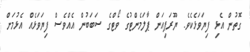
ގޮތުން އެޅި ފިޔަވަޅެކެވެ. ޔޫރަޕިއަން ޕާލަމެންޓުގެ ވޯޓްގެ ސަބަބުން އެއްވެސް ފިޔަވަޅެއް އެޅުމަށް